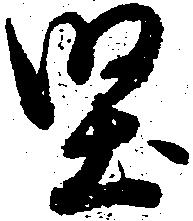
堅